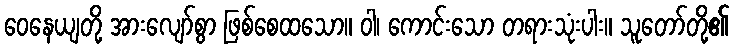
ဝေနေယျတို့ အားလျော်စွာ ဖြစ်စေထသော။ ဝါ၊ ကောင်းသော တရားသုံးပါး။ သူတော်တို့၏